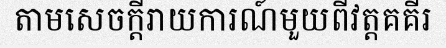
តាមសេចក្តីរាយការណ៍មួយពីវត្តគគីរ